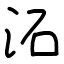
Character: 沰